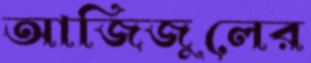
আজিজুলের